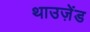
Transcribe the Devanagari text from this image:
थाउज़ेंड